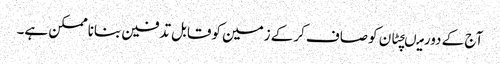
آج کے دورمیںچٹان کوصاف کرکے زمین کوقابل تدفین بناناممکن ہے۔